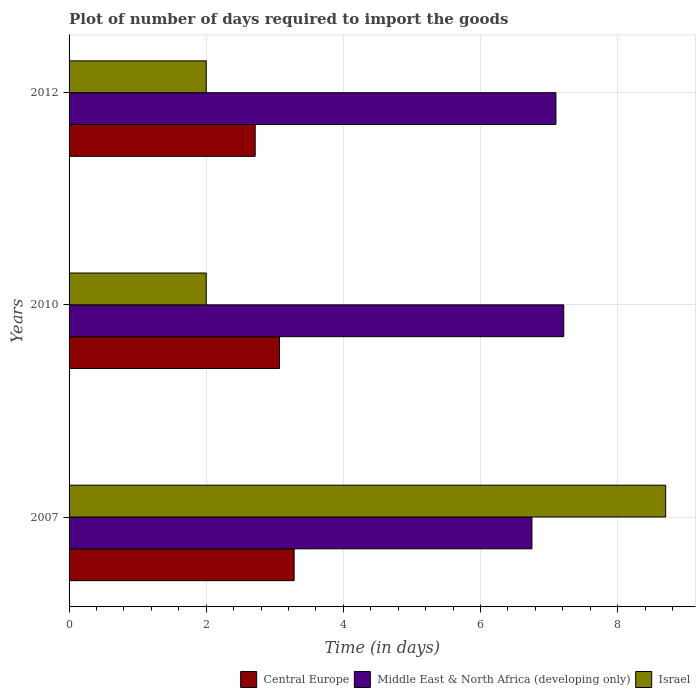
| Years | Central Europe | Middle East & North Africa (developing only) | Israel |
 | --- | --- | --- | --- |
 | 2007 | 3.28 | 6.75 | 8.7 |
 | 2010 | 3.07 | 7.21 | 2 |
 | 2012 | 2.71 | 7.1 | 2 |